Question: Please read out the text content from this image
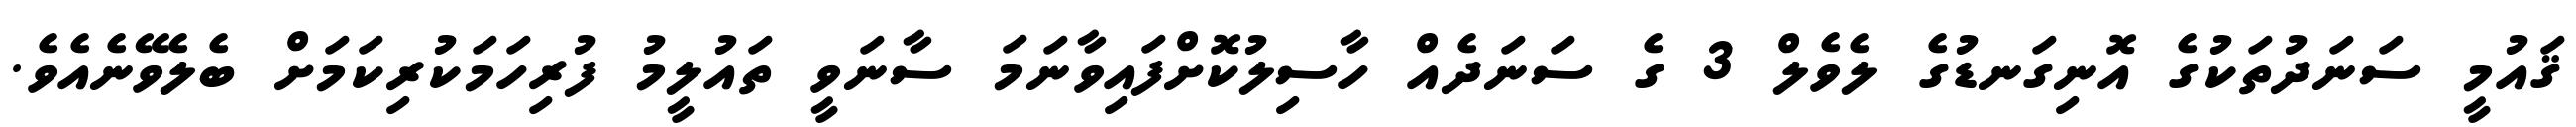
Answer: ޤައުމީ ސަނަދުތަކުގެ އޮނިގަނޑުގެ ލެވެލް 3 ގެ ސަނަދެއް ހާސިލުކޮށްފައިވާނަމަ ސާނަވީ ތައުލީމު ފުރިހަމަކުރިކަމަށް ބެލެވޭނެއެވެ.